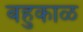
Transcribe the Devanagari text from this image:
बहुकाळ